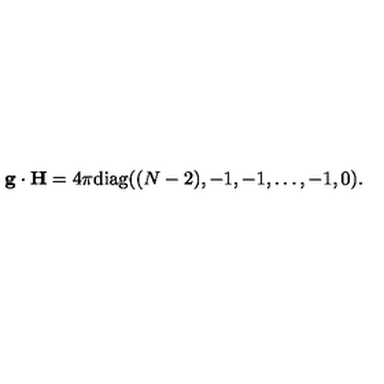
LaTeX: { \bf g } \cdot { \bf H } = { 4 \pi } \mathrm { d i a g } ( ( N - 2 ) , - 1 , - 1 , \dots , - 1 , 0 ) .